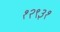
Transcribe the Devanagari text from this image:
१२९३१